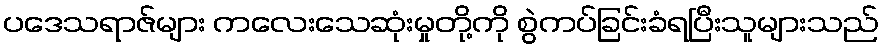
ပဒေသရာဇ်များ ကလေးသေဆုံးမှုတို့ကို စွဲကပ်ခြင်းခံရပြီးသူများသည်